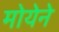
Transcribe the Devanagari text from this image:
मोयेने